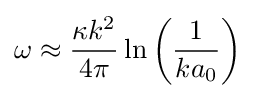
\omega \approx {\frac {\kappa k^{2}}{4\pi }}\ln {\left({\frac {1}{ka_{0}}}\right)}